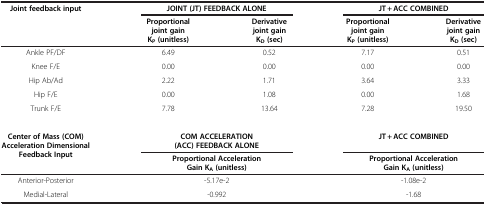
<table><thead><tr><td><b>Joint feedback input</b></td><td colspan="2"><b>JOINT (JT) FEEDBACK ALONE</b></td><td colspan="2"><b>JT + ACC COMBINED</b></td></tr><tr><td><b> </b></td><td><b>Proportionaljoint gainK<sub>P</sub>(unitless)</b></td><td><b>Derivativejoint gainK<sub>D</sub>(sec)</b></td><td><b>Proportionaljoint gainK<sub>P</sub>(unitless)</b></td><td><b>Derivativejoint gainK<sub>D</sub>(sec)</b></td></tr></thead><tbody><tr><td>Ankle PF/DF</td><td>6.49</td><td>0.52</td><td>7.17</td><td>0.51</td></tr><tr><td>Knee F/E</td><td>0.00</td><td>0.00</td><td>0.00</td><td>0.00</td></tr><tr><td>Hip Ab/Ad</td><td>2.22</td><td>1.71</td><td>3.64</td><td>3.33</td></tr><tr><td>Hip F/E</td><td>0.00</td><td>1.08</td><td>0.00</td><td>1.68</td></tr><tr><td>Trunk F/E</td><td>7.78</td><td>13.64</td><td>7.28</td><td>19.50</td></tr><tr><td colspan="5"> </td></tr><tr><td><b>Center of Mass (COM) Acceleration Dimensional Feedback Input</b></td><td colspan="2"><b>COM ACCELERATION (ACC) FEEDBACK ALONE</b></td><td colspan="2"><b>JT + ACC COMBINED</b></td></tr><tr><td> </td><td colspan="2"><b>Proportional Acceleration Gain K</b><sub><b>A</b></sub><b>(unitless)</b></td><td colspan="2"><b>Proportional Acceleration Gain K</b><sub><b>A</b></sub><b> (unitless)</b></td></tr><tr><td>Anterior-Posterior</td><td colspan="2">-5.17e-2</td><td colspan="2">-1.08e-2</td></tr><tr><td>Medial-Lateral</td><td colspan="2">-0.992</td><td colspan="2">-1.68</td></tr></tbody></table>